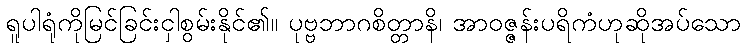
ရူပါရုံကိုမြင်ခြင်းငှါစွမ်းနိုင်၏။ ပုဗ္ဗဘာဂစိတ္တာနိ၊ အာဝဇ္ဇန်းပရိကံဟုဆိုအပ်သော